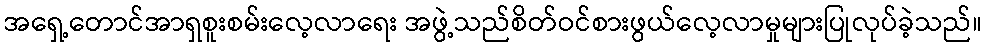
အရှေ့တောင်အာရှစူးစမ်းလေ့လာရေး အဖွဲ့သည်စိတ်ဝင်စားဖွယ်လေ့လာမှုများပြုလုပ်ခဲ့သည်။